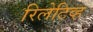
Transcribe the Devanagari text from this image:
रिलेटिव्ह